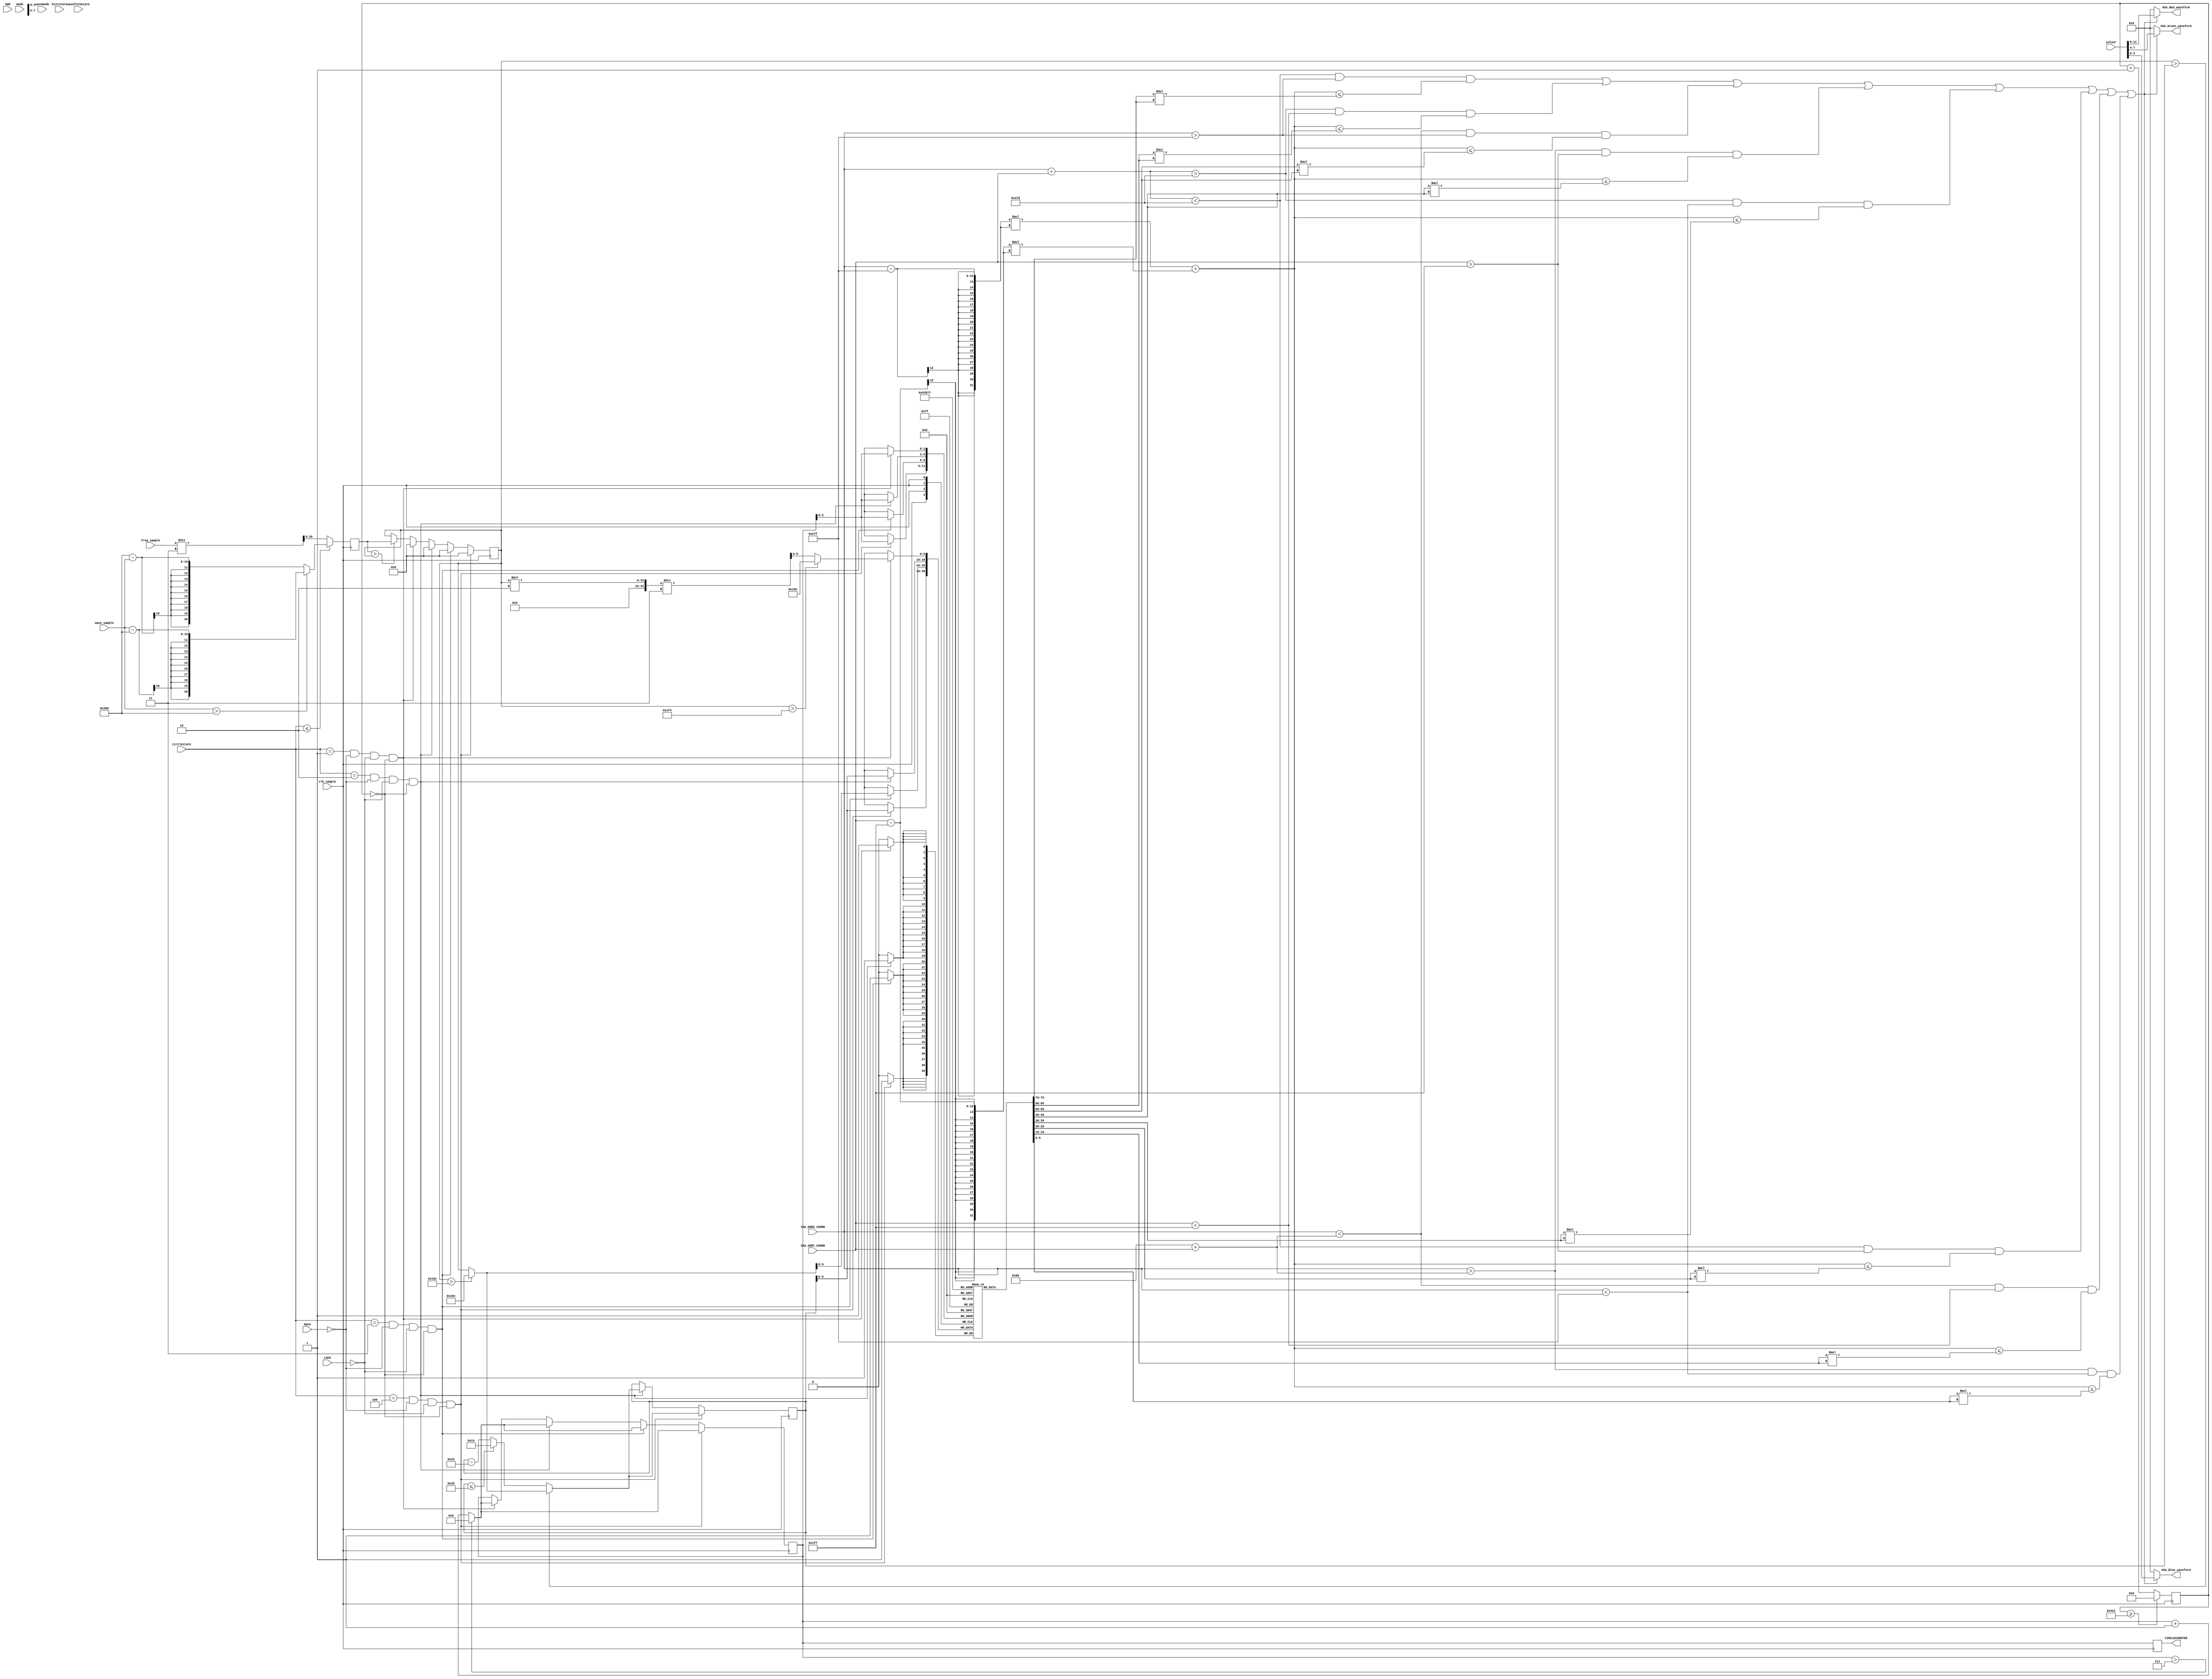
`timescale 1ns / 1ps
/**
 * Circle Waveform Visualisation
 * Generates a circle waveform of 8 arcs
 */

module Draw_Waveform_Circle(
    input clk_sample, //20kHz clock
    input SW0, SW15,
    input LOCK,
    input [5:0] mode,
    input [2:0] wavemode,
    input [2:0] waveformstate,
    input [2:0] histstate,
    input [2:0] circlestate,
    
    input [9:0] wave_sample,
    input [9:0] freq_sample,
    
    input [11:0] VGA_HORZ_COORD,
    input [11:0] VGA_VERT_COORD,
    input [11:0] colour,
    
    output [3:0] VGA_Red_waveform,
    output [3:0] VGA_Green_waveform,
    output [3:0] VGA_Blue_waveform,
    
    output reg [5:0] CIRCLECOUNTER
    );
    
    reg [9:0] memory [7:0];
    reg [5:0] i = 0;
    
    reg [20:0] radius = 0;
    reg [20:0] val;
    reg [20:0] prev;
    reg [20:0] cur;
    reg [9:0] counter = 1;
    
    //split circle into 8 parts (clockwise, 0 starts from 12 o'clock)
    wire arc0 = ((VGA_HORZ_COORD + VGA_VERT_COORD) < 1149) && (VGA_HORZ_COORD > 639);
    wire arc1 = ((VGA_HORZ_COORD + VGA_VERT_COORD) > 1149) && (VGA_VERT_COORD < 511);
    wire arc2 = (VGA_HORZ_COORD < (128 + VGA_VERT_COORD)) && (VGA_HORZ_COORD > 639);
    wire arc3 = (VGA_HORZ_COORD > (128 + VGA_VERT_COORD)) && (VGA_VERT_COORD > 511);
    wire arc4 = ((VGA_HORZ_COORD + VGA_VERT_COORD) > 1149) && (VGA_HORZ_COORD < 639);
    wire arc5 = ((VGA_HORZ_COORD + VGA_VERT_COORD) < 1149) && (VGA_VERT_COORD > 511);
    wire arc6 = (VGA_HORZ_COORD < (128 + VGA_VERT_COORD)) && (VGA_VERT_COORD < 511);
    wire arc7 = (VGA_HORZ_COORD > (128 + VGA_VERT_COORD)) && (VGA_HORZ_COORD < 639);
    
    always @ (posedge clk_sample) begin
        counter <= (counter >= 1249 ? 0 : counter + 1); //2Hz overall freq
        
        
        val <= (circlestate <= 2 ? 
        (wave_sample > 512 ? wave_sample - 512 : 512 - wave_sample) : 
        (freq_sample / 3) ); //get absolute diff
        cur <= (val > cur ? val : cur); //get current peak
        
        //volume circle waveform
        if (circlestate == 1 && SW15 == 0 && LOCK == 0 && counter == 0) begin
            memory[i] <= (cur > 500 ? 350 : (cur * 2) / 3);
            i <= (i > 7 ? 0 : i + 1);
            cur <= 0;
        end
        
        //volume circle waveform w. slow falloff
        if (circlestate == 2 && SW15 == 0 && LOCK == 0 && counter == 0) begin
            cur <= (cur * 2) / 3; //current val of peak
            prev <= (cur > prev ? (cur > 350 ? 350 : cur) : (prev <= 40 ? 20 : prev - 35));
            memory[i] <= prev;
            i <= (i > 7 ? 0 : i + 1);
            cur <= 0;
        end
        
        //freq circle waveform
        if (circlestate == 3 && SW15 == 0 && LOCK == 0 && counter == 0) begin
            memory[i] <= (cur > 350 ? 350 : cur);
            i <= (i > 7 ? 0 : i + 1);
            cur <= 0;
        end
        
        //freq circle waveform w. slow falloff
        if (circlestate == 4 && SW15 == 0 && LOCK == 0 && counter == 0) begin
            prev <= (cur > prev ? (cur > 350 ? 350 : cur) : (prev <= 40 ? 20 : prev - 35));
            memory[i] <= prev;
            i <= (i > 7 ? 0 : i + 1);
            cur <= 0;
        end
        
        CIRCLECOUNTER <= i; //assign which arc is being colored
        
    end
    
    wire [3:0] red;
    wire [3:0] green;
    wire [3:0] blue;
    
    assign red = colour >> 8;
    assign green = colour << 4 >> 8;
    assign blue = colour << 8 >> 8;
    
    //draw all arcs and include a reference circle of 5 units
    assign VGA_Red_waveform = (
    (arc0 && ((VGA_HORZ_COORD - 639) * (VGA_HORZ_COORD - 639) + (VGA_VERT_COORD - 511) * (VGA_VERT_COORD - 511)) <= (memory[0] * memory[0])) ||
    (arc1 && ((VGA_HORZ_COORD - 639) * (VGA_HORZ_COORD - 639) + (VGA_VERT_COORD - 511) * (VGA_VERT_COORD - 511)) <= (memory[1] * memory[1])) ||
    (arc2 && ((VGA_HORZ_COORD - 639) * (VGA_HORZ_COORD - 639) + (VGA_VERT_COORD - 511) * (VGA_VERT_COORD - 511)) <= (memory[2] * memory[2])) || 
    (arc3 && ((VGA_HORZ_COORD - 639) * (VGA_HORZ_COORD - 639) + (VGA_VERT_COORD - 511) * (VGA_VERT_COORD - 511)) <= (memory[3] * memory[3])) ||
    (arc4 && ((VGA_HORZ_COORD - 639) * (VGA_HORZ_COORD - 639) + (VGA_VERT_COORD - 511) * (VGA_VERT_COORD - 511)) <= (memory[4] * memory[4])) ||
    (arc5 && ((VGA_HORZ_COORD - 639) * (VGA_HORZ_COORD - 639) + (VGA_VERT_COORD - 511) * (VGA_VERT_COORD - 511)) <= (memory[5] * memory[5])) ||
    (arc6 && ((VGA_HORZ_COORD - 639) * (VGA_HORZ_COORD - 639) + (VGA_VERT_COORD - 511) * (VGA_VERT_COORD - 511)) <= (memory[6] * memory[6])) ||
    (arc7 && ((VGA_HORZ_COORD - 639) * (VGA_HORZ_COORD - 639) + (VGA_VERT_COORD - 511) * (VGA_VERT_COORD - 511)) <= (memory[7] * memory[7]))
    ) ? red : 0;
    
    assign VGA_Green_waveform = (
    (arc0 && ((VGA_HORZ_COORD - 639) * (VGA_HORZ_COORD - 639) + (VGA_VERT_COORD - 511) * (VGA_VERT_COORD - 511)) <= (memory[0] * memory[0])) ||
    (arc1 && ((VGA_HORZ_COORD - 639) * (VGA_HORZ_COORD - 639) + (VGA_VERT_COORD - 511) * (VGA_VERT_COORD - 511)) <= (memory[1] * memory[1])) ||
    (arc2 && ((VGA_HORZ_COORD - 639) * (VGA_HORZ_COORD - 639) + (VGA_VERT_COORD - 511) * (VGA_VERT_COORD - 511)) <= (memory[2] * memory[2])) || 
    (arc3 && ((VGA_HORZ_COORD - 639) * (VGA_HORZ_COORD - 639) + (VGA_VERT_COORD - 511) * (VGA_VERT_COORD - 511)) <= (memory[3] * memory[3])) ||
    (arc4 && ((VGA_HORZ_COORD - 639) * (VGA_HORZ_COORD - 639) + (VGA_VERT_COORD - 511) * (VGA_VERT_COORD - 511)) <= (memory[4] * memory[4])) ||
    (arc5 && ((VGA_HORZ_COORD - 639) * (VGA_HORZ_COORD - 639) + (VGA_VERT_COORD - 511) * (VGA_VERT_COORD - 511)) <= (memory[5] * memory[5])) ||
    (arc6 && ((VGA_HORZ_COORD - 639) * (VGA_HORZ_COORD - 639) + (VGA_VERT_COORD - 511) * (VGA_VERT_COORD - 511)) <= (memory[6] * memory[6])) ||
    (arc7 && ((VGA_HORZ_COORD - 639) * (VGA_HORZ_COORD - 639) + (VGA_VERT_COORD - 511) * (VGA_VERT_COORD - 511)) <= (memory[7] * memory[7]))
    ) ? green : 0;
    
    assign VGA_Blue_waveform = (
    (arc0 && ((VGA_HORZ_COORD - 639) * (VGA_HORZ_COORD - 639) + (VGA_VERT_COORD - 511) * (VGA_VERT_COORD - 511)) <= (memory[0] * memory[0])) ||
    (arc1 && ((VGA_HORZ_COORD - 639) * (VGA_HORZ_COORD - 639) + (VGA_VERT_COORD - 511) * (VGA_VERT_COORD - 511)) <= (memory[1] * memory[1])) ||
    (arc2 && ((VGA_HORZ_COORD - 639) * (VGA_HORZ_COORD - 639) + (VGA_VERT_COORD - 511) * (VGA_VERT_COORD - 511)) <= (memory[2] * memory[2])) || 
    (arc3 && ((VGA_HORZ_COORD - 639) * (VGA_HORZ_COORD - 639) + (VGA_VERT_COORD - 511) * (VGA_VERT_COORD - 511)) <= (memory[3] * memory[3])) ||
    (arc4 && ((VGA_HORZ_COORD - 639) * (VGA_HORZ_COORD - 639) + (VGA_VERT_COORD - 511) * (VGA_VERT_COORD - 511)) <= (memory[4] * memory[4])) ||
    (arc5 && ((VGA_HORZ_COORD - 639) * (VGA_HORZ_COORD - 639) + (VGA_VERT_COORD - 511) * (VGA_VERT_COORD - 511)) <= (memory[5] * memory[5])) ||
    (arc6 && ((VGA_HORZ_COORD - 639) * (VGA_HORZ_COORD - 639) + (VGA_VERT_COORD - 511) * (VGA_VERT_COORD - 511)) <= (memory[6] * memory[6])) ||
    (arc7 && ((VGA_HORZ_COORD - 639) * (VGA_HORZ_COORD - 639) + (VGA_VERT_COORD - 511) * (VGA_VERT_COORD - 511)) <= (memory[7] * memory[7]))
    ) ? blue : 0;
    
    
endmodule